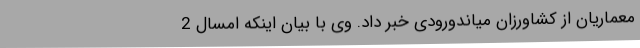
معماریان از کشاورزان میاندورودی خبر داد. وی با بیان اینکه امسال 2